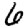
Digit: 6